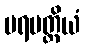
ပရပတ္တိယံ